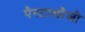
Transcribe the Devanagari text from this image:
पैस्टालौजी